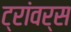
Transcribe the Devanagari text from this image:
ट्रांवर्स